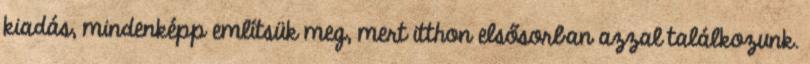
kiadás, mindenképp említsük meg, mert itthon elsősorban azzal találkozunk.